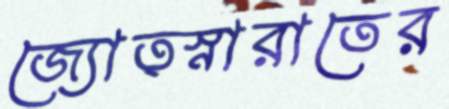
জ্যোত্স্নারাতের